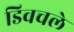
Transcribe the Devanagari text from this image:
डिवचले